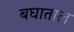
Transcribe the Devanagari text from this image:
बघाताल